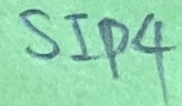
Text: SIP4